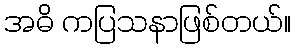
အဓိ ကပြသနာဖြစ်တယ်။